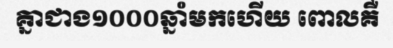
គ្នាជាង១០០០ឆ្នាំមកហើយ ពោលគឺ